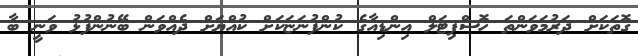
ގޮތަކަށް ދަރުމަވަންތަ ހޮސްޕިޓަލް އިންޑިއާގެ ކުންފުނަޏަކަށް ކުއްޔަށް ދެއްވަން ބޭނުންފުޅު ވަނީ ބާ